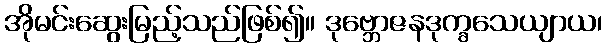
အိုမင်းဆွေးမြည့်သည်ဖြစ်၍။ ဒုဗ္ဘောဇနဒုက္ခသေယျာယ၊